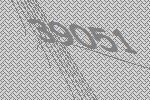
39051